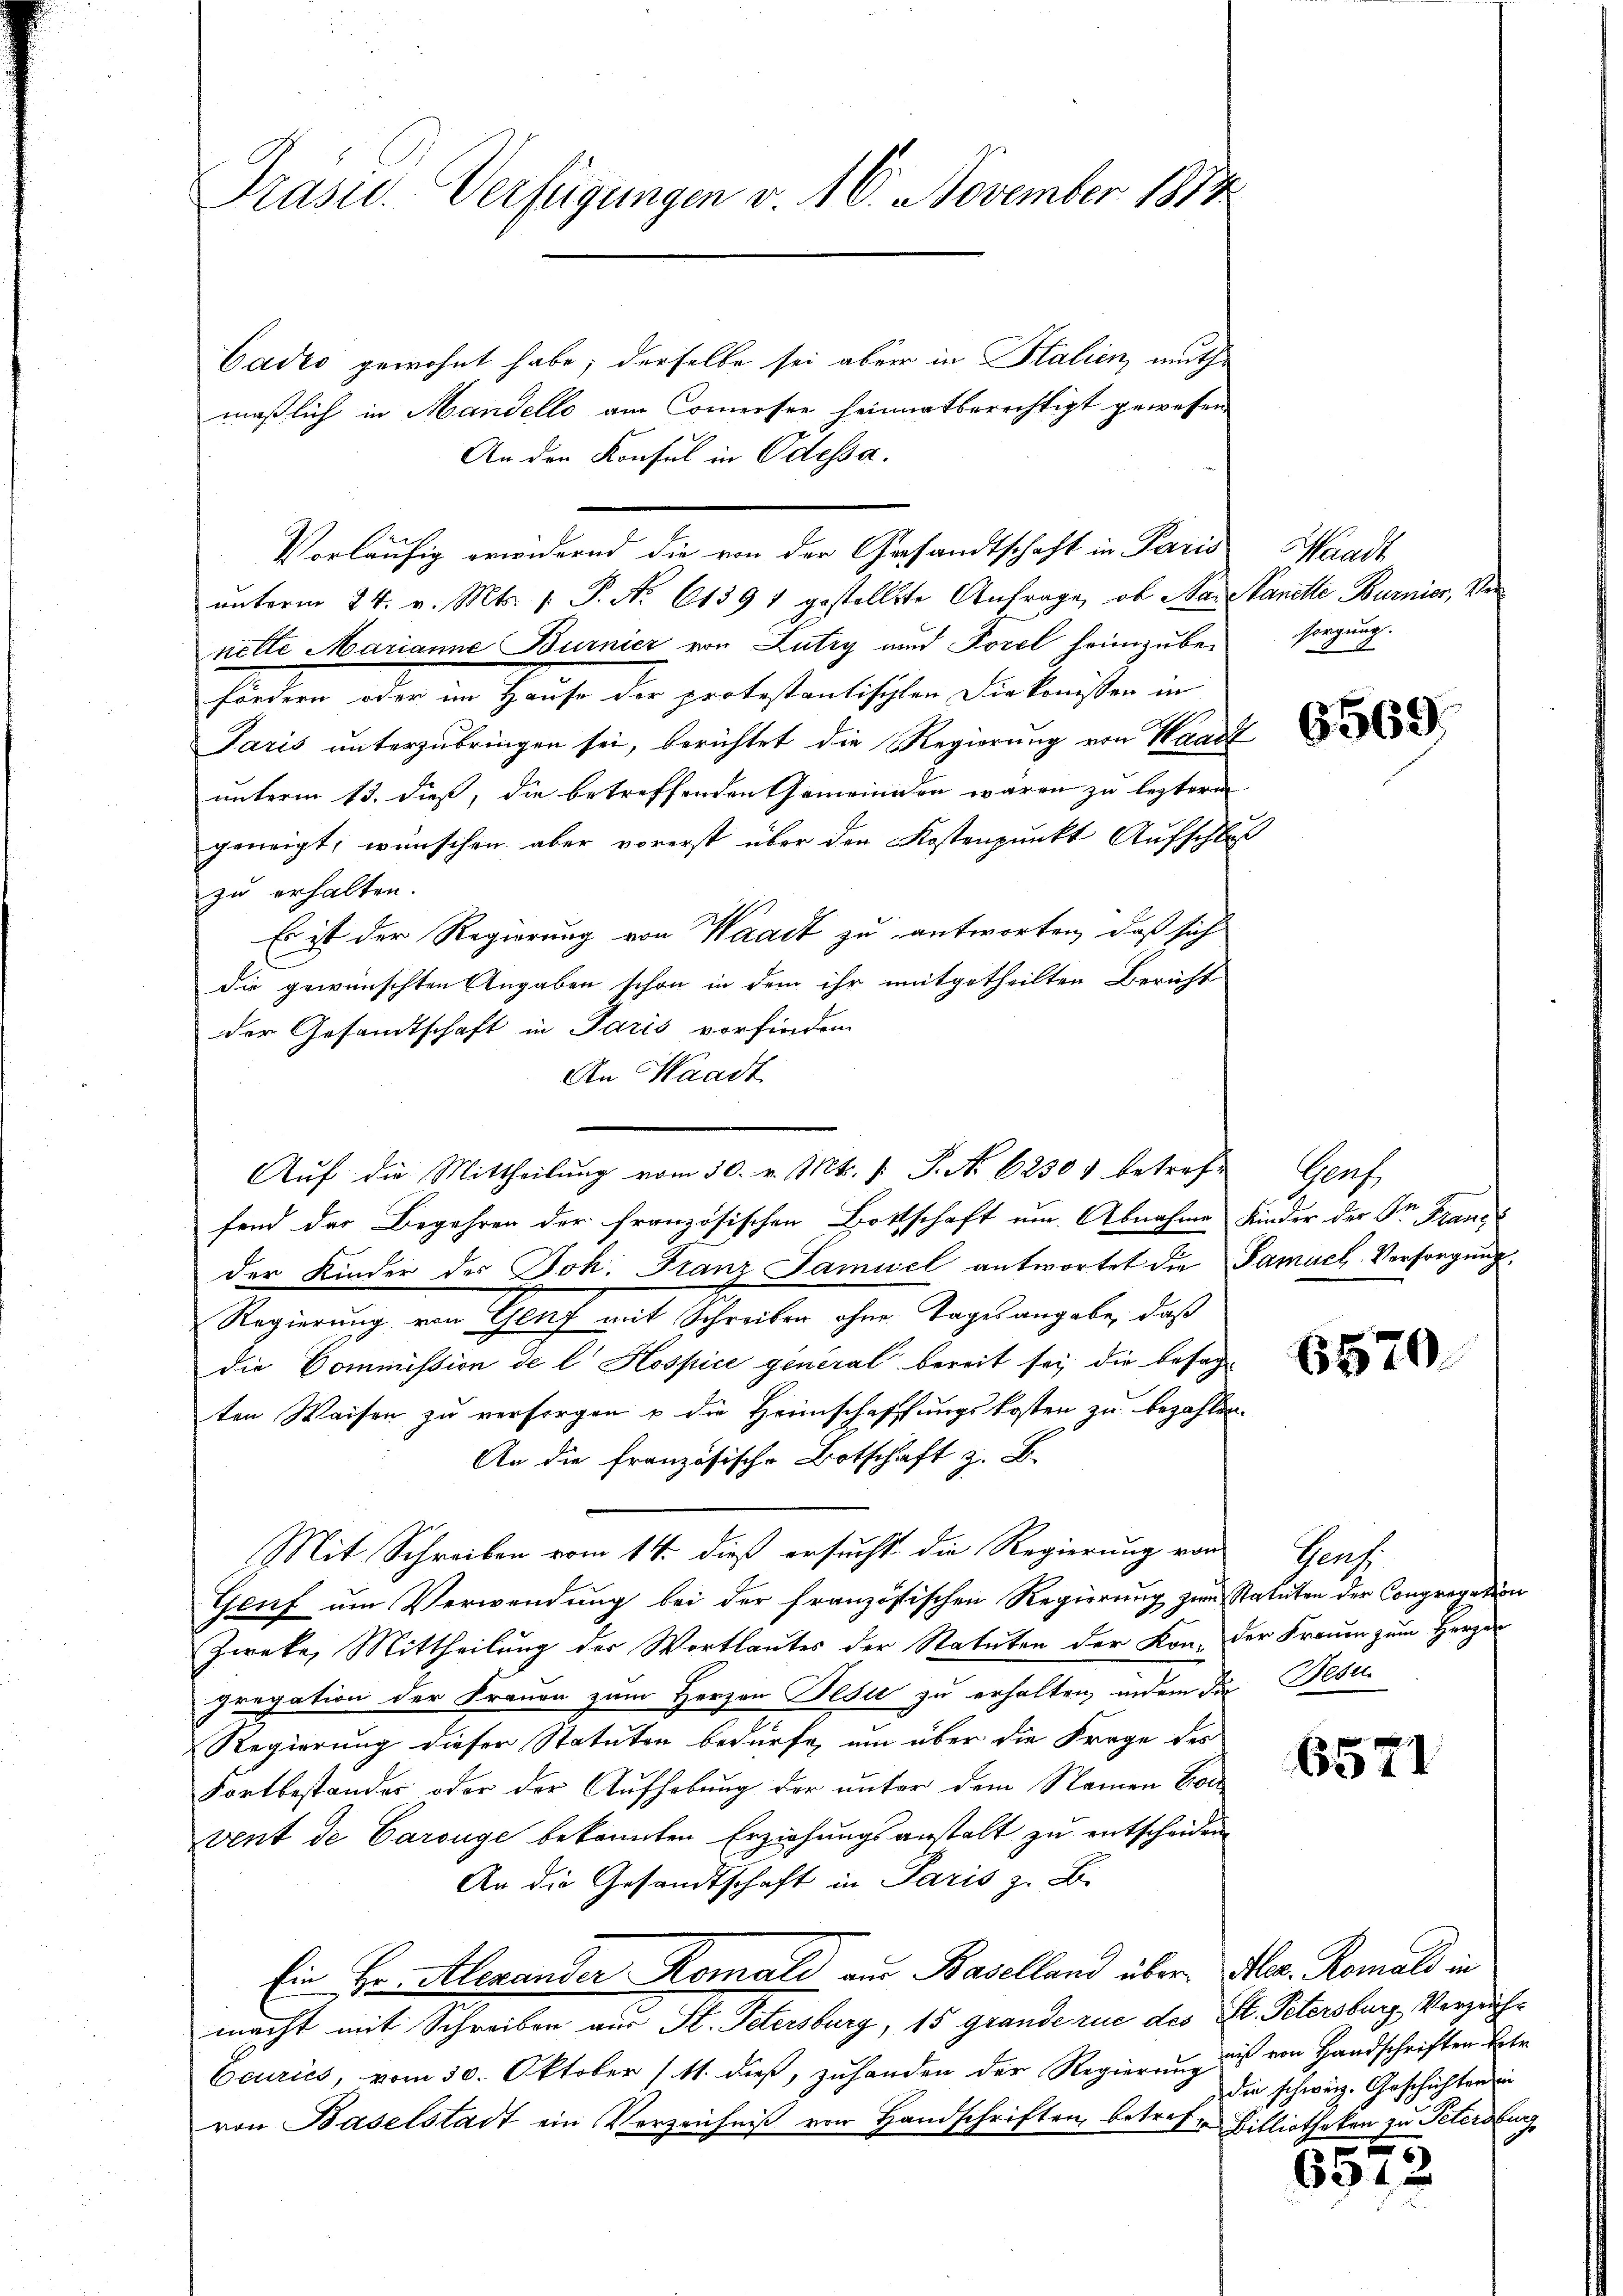
Präsid.. Verfügungen v. 16. November 1874

Cadio gewohnt habe; derselbe sei aber in Italien, muthmaßlich in Mandello am Commersee heimatberechtigt gewesen
An den Konsul in Odessa.
unterm 24. v. Mts. 1. P. Nr. 61391 gestellte Anfrage, ob man Vanelle Burnier, Vernette Marianne Burnier von Lutry und Forel heimzubefördern oder im Hause der protestantischten Die konissen in
Paris unterzubringen sei, berichtet die Regierung von Waadt
unterm 13. dieß, die betreffenden Gemeinden waren zu leztern
geweigt, wünschen aber vorerst über den Kostenpunkt Aufschlus
zu erhalten.
Es ist der Regierung von Waadt zu antworten, daß sich
die gewünschten Angaben schon in dem ihr mitgetheilten Bericht
der Gesamtschaft in Paris vorfinden
An Waadt
Auf die Mittheilung vom 30. v. Mts. /: P. No 62301 betreffend der Begehren der französischen Bottschaft um Abnahme Kinder der Dr. Franz
der Kinder des Joh. Franz Samuel antwortet die Samuel-Versorgung
Regierung von Genf mit Schreiben ohne Tagesangabe, daß
die Commission de l. Hospice general bereit sei, die besag
ten Waisen zu versorgen u die Heimschaffungskosten zu bezahlen.
An die Französische Botschaft z. B.
Mit Schreiben vom 14. dieß ersucht die Regierung von Genf
Genf um Verwendung bei der französischen Regierung zum Statuten der Congregation
Zweke, Mittheilung der Wortlautes der Statuten der Kon. der Frauen zum Herzen
pregation der Frauen zum Herzen Pesi zu erhalten, indem die Besu
Regierung dieser Statuten bedürfe, um über die Frage des
Fortbestandes oder der Aufhebung der unter dem Namen Con
vent de Carouge bekannten Erziehungsanstalt zu entscheiden
An die Gesandtschaft in Paris z. B.
Ein Hr. Alexander Komald aus Baselland über Herz. Romald in
macht mit Schreiben aus St. Petersburg, 15 grande rue des St. Petersburg Verzeich¬
Ecuries, vom 30. Oktober (11. dieß, zuhanden der Regierung ist von Handschriften Betr
von Baselstadt ein Verzeichniß von Handschriften, betreffen Billiotheken zu Petersburg

Vorläufig erwidernd die von der Gesandtschaft in Paris

Waadt
sorgung.

1
d

6569.

Prof.

6570

6571

die schweiz. Geschichten in

6512